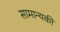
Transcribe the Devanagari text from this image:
सामान्यकी